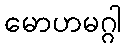
မောဟမဂ္ဂါ